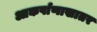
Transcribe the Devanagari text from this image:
आकर्षाणाखातर